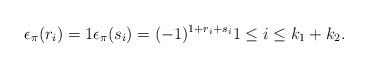
LaTeX: \begin{align*} \epsilon_{\pi}(r_i) = 1 \epsilon_{\pi}(s_i) =(-1)^{1+r_i+s_i} 1 \leq i \leq k_1+k_2.\end{align*}